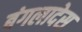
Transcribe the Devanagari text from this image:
बंगलादेस